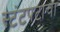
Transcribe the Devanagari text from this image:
स्टंटपटाचा